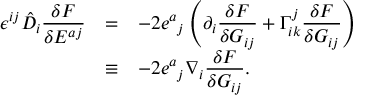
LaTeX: \everymath { \displaystyle } \begin{array} { r c l } { { \epsilon ^ { i j } \hat { D } _ { i } \frac { \delta F } { \delta E ^ { a j } } } } & { { = } } & { { - 2 { e ^ { a } } _ { j } \left( \partial _ { i } \frac { \delta F } { \delta G _ { i j } } + \Gamma _ { i k } ^ { j } \frac { \delta F } { \delta G _ { i j } } \right) } } \\ { { } } & { { \equiv } } & { { - 2 { e ^ { a } } _ { j } \nabla _ { i } \frac { \delta F } { \delta G _ { i j } } . } } \end{array}